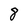
Character: 8